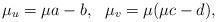
LaTeX: \begin{align*}\mu_u=\mu a-b,\ \ \mu_v=\mu(\mu c-d),\end{align*}